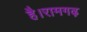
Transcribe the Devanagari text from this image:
है।रामगढ़